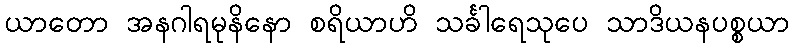
ယာတော အနဂါရမုနိနော စရိယာဟိ သင်္ခါရေသုပေ သာဒိယနပစ္စယာ